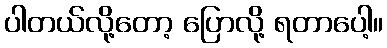
ပါတယ်လို့တော့ ပြောလို့ ရတာပေါ့။